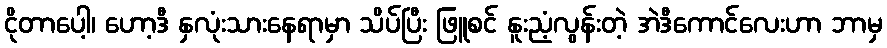
ငိုတာပေါ့၊ ဟော့ဒီ နှလုံးသားနေရာမှာ သိပ်ပြီး ဖြူစင် နူးညံ့လွန်းတဲ့ အဲဒီကောင်လေးဟာ ဘာမှ